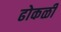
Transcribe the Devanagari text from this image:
ढोकळी